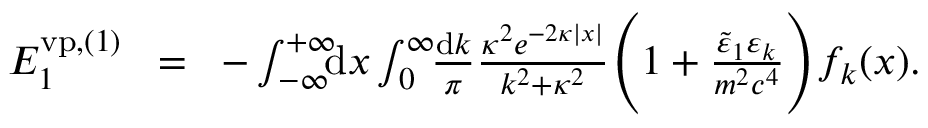
\begin{array} { r l r } { { \cal E } _ { 1 } ^ { \ensuremath { \mathrm { v p } } , ( 1 ) } \! } & { = } & { \! - \int _ { - \infty } ^ { + \infty } \! \! \! \mathrm { d } x \int _ { 0 } ^ { \infty } \! \! \frac { \mathrm d k } { \pi } \frac { \kappa ^ { 2 } e ^ { - 2 \kappa | x | } } { k ^ { 2 } + \kappa ^ { 2 } } \Bigg ( 1 + \frac { \tilde { \varepsilon } _ { 1 } \varepsilon _ { k } } { m ^ { 2 } c ^ { 4 } } \Bigg ) f _ { k } ( x ) . } \end{array}